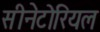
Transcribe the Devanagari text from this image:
सीनेटोरियल